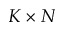
K \times N